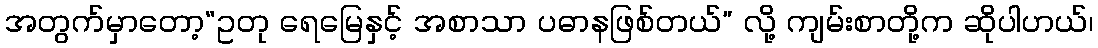
အတွက်မှာတော့“ဥတု ရေမြေနှင့် အစာသာ ပဓာနဖြစ်တယ်” လို့ ကျမ်းစာတို့က ဆိုပါဟယ်၊